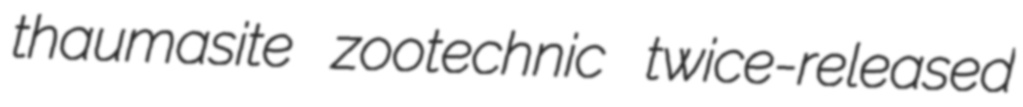
thaumasite zootechnic twice-released